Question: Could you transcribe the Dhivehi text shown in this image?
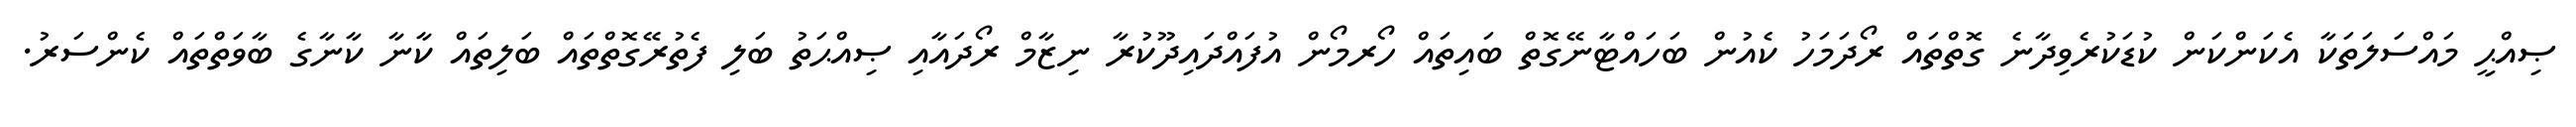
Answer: ޞިއްޙީ މައްސަލަތަކާ އެކަންކަން ކުޑަކުރެވިދާނެ ގޮތްތައް ރޯދަމަހު ކެއުން ބަހައްޓާނޭގޮތް ބައިތައް ހޯރމޯން އުފައްދައިދޫކުރާ ނިޒާމް ރޯދައާއި ޞިއްޙަތު ބަލި ފެތުރޭގޮތްތައް ބަލިތައް ކާނާ ކާނާގެ ބާވަތްތައް ކެންސަރު.